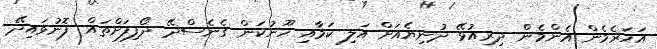
އަހަރެމެން އެންމެން ދިރިއުޅޭ ދުނިޔެއަށް އަލި ކަމާއި ހޫނުކަން ގެނެސްދޭ ދޯފިފަށްތައް ފޮނުވައިދޭ